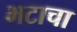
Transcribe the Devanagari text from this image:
भटाचा